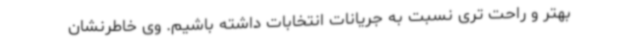
بهتر و راحت تری نسبت به جریانات انتخابات داشته باشیم. وی خاطرنشان